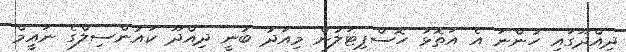
ދިއްދޫގައި ހުންނަ އެ އަތޮޅު ހޮސްޕިޓަލުން މިއަދު ބުނީ ދިއްދޫ ކައުންސިލްގެ ނައީމް